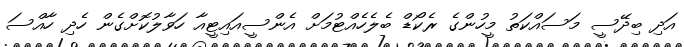
އަދި ބިދޭސީ މަސައްކަތު މީހުންގެ ރެކޯޑް ބެލެހެއްޓުމަށް އެންސީއައިޓީއާ ހަވާލުކޮށްގެން ހެދި ހާއްސަ